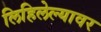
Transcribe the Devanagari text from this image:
लिहिलेल्यावर